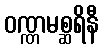
ဝဏ္ဏမစ္ဆရိနီ